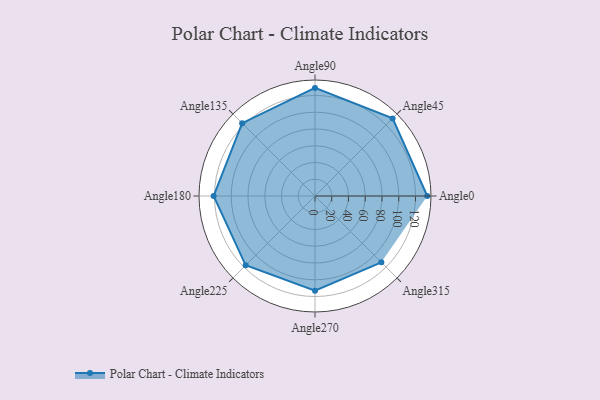
{"axis": {"x": "Angle", "y": "Radius"}, "legend": [""], "data": [{"x": "Angle0", "y": 134.0, "type": ""}, {"x": "Angle45", "y": 131.0, "type": ""}, {"x": "Angle90", "y": 129.0, "type": ""}, {"x": "Angle135", "y": 123.0, "type": ""}, {"x": "Angle180", "y": 121.0, "type": ""}, {"x": "Angle225", "y": 117.0, "type": ""}, {"x": "Angle270", "y": 113.0, "type": ""}, {"x": "Angle315", "y": 112.0, "type": ""}]}